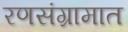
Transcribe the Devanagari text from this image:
रणसंग्रामात